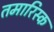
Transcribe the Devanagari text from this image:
तमारिस्क